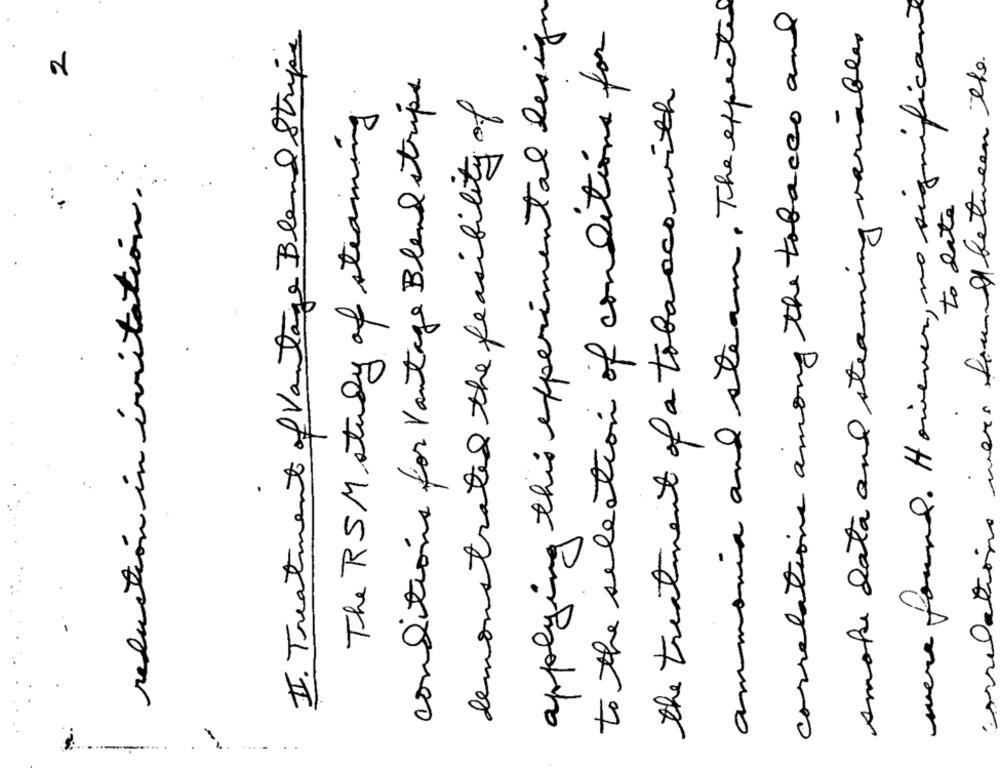
ammonia and steam. The expected
were found. However, no significant
applying this experimental design
correlations among the tobacco and
to the selection of conditions for
II. Treatment of Vantage Bland Stripe
smoke data and steaming variables
2
found between the
conditions for Vantage Blend strips
the treatment of a tobacco with
demonstrated the feasibility of
The RSM study of steaming
reduction in irritation.
to date
...